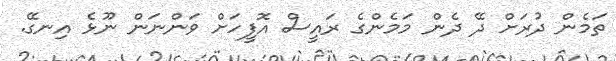
ތަމެން ދުރަށް ދޭ ދެން މަމެންގެ ރައީސް އޮފީހަށް ވަންނަން ނޫޅެ އިނގޭ.